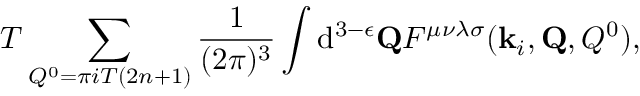
T \sum _ { Q ^ { 0 } = \pi i T ( 2 n + 1 ) } { \frac { 1 } { ( 2 \pi ) ^ { 3 } } } \int \mathrm { d } ^ { 3 - \epsilon } { \bf Q } F ^ { \mu \nu \lambda \sigma } ( { \bf k } _ { i } , { \bf Q } , Q ^ { 0 } ) ,